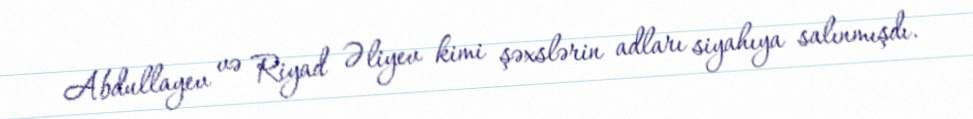
Abdullayev və Riyad Əliyev kimi şəxslərin adları siyahıya salınmışdı.